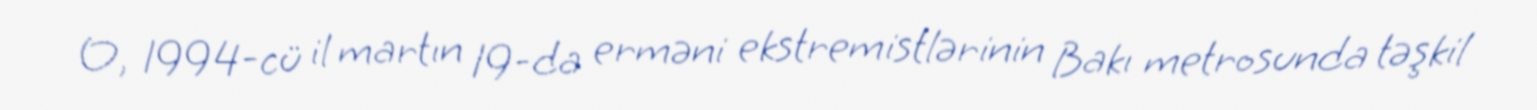
O, 1994-cü il martın 19-da erməni ekstremistlərinin Bakı metrosunda təşkil